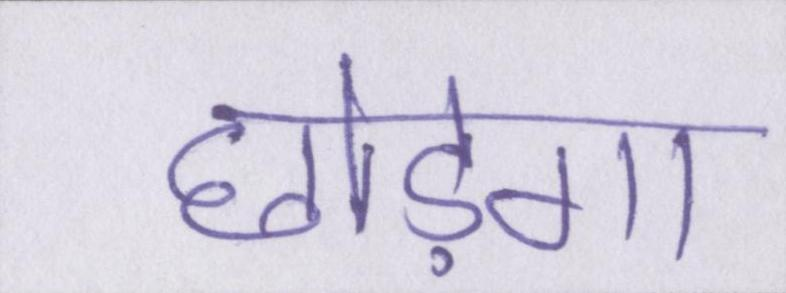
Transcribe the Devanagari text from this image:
छोड़ेगा